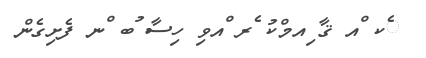
ެކ ްއ ޤާ ިއމްކު ެރ ްއވި ހިސާ ުބ ްނ ފެށިގެން